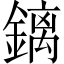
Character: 𰽅